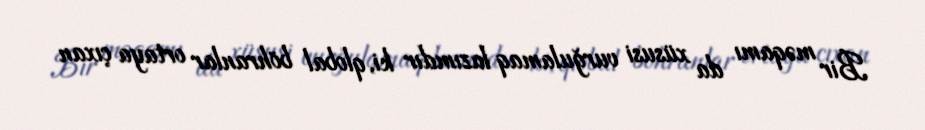
Bir məqamı da xüsusi vurğulamaq lazımdır ki, qlobal böhranlar ortaya çıxan